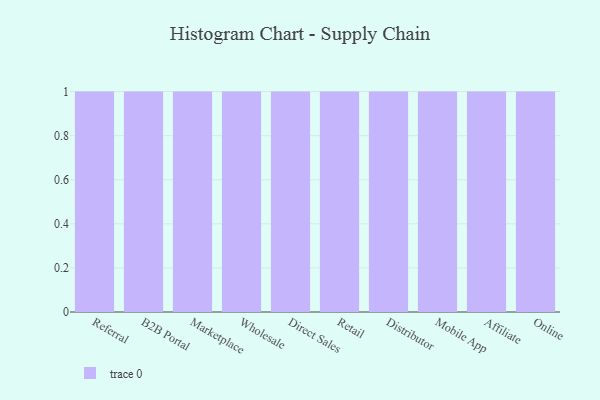
{"axis": {"x": "Channel", "y": "Churn Rate (%)"}, "legend": [""], "data": [{"x": "Referral", "y": 33, "type": ""}, {"x": "B2B Portal", "y": 37, "type": ""}, {"x": "Marketplace", "y": 49, "type": ""}, {"x": "Wholesale", "y": 92, "type": ""}, {"x": "Direct Sales", "y": 75, "type": ""}, {"x": "Retail", "y": 34, "type": ""}, {"x": "Distributor", "y": 78, "type": ""}, {"x": "Mobile App", "y": 82, "type": ""}, {"x": "Affiliate", "y": 33, "type": ""}, {"x": "Online", "y": 77, "type": ""}]}